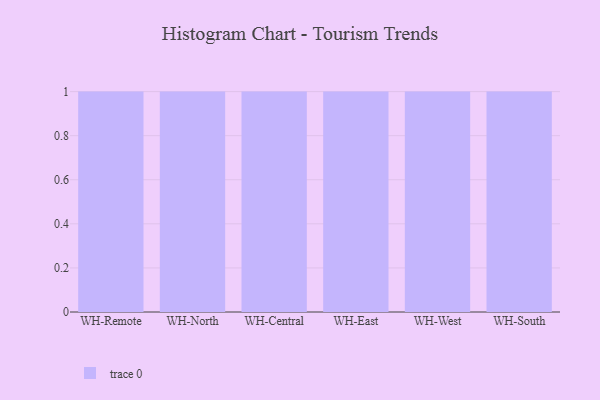
{"axis": {"x": "Warehouse", "y": "Headcount"}, "legend": [""], "data": [{"x": "WH-Remote", "y": 50, "type": ""}, {"x": "WH-North", "y": 5, "type": ""}, {"x": "WH-Central", "y": 11, "type": ""}, {"x": "WH-East", "y": 18, "type": ""}, {"x": "WH-West", "y": 57, "type": ""}, {"x": "WH-South", "y": 62, "type": ""}]}